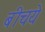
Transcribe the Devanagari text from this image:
बीचये